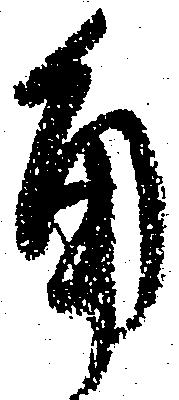
角